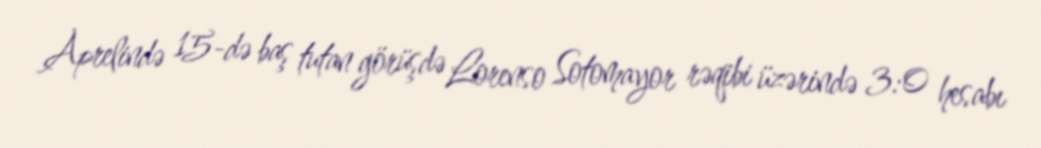
Aprelində 15-də baş tutan görüşdə Lorenso Sotomayor rəqibi üzərində 3:0 hesabı